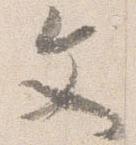
文